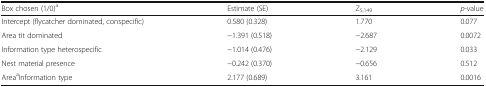
<table><thead><tr><td><b>Box chosen (1/0)<sup>a</sup></b></td><td><b>Estimate (SE)</b></td><td><b>Z<sub>5,149</sub></b></td><td><b><i>p</i>-value</b></td></tr></thead><tbody><tr><td>Intercept (flycatcher dominated, conspecific)</td><td>0.580 (0.328)</td><td>1.770</td><td>0.077</td></tr><tr><td>Area tit dominated</td><td>−1.391 (0.518)</td><td>−2.687</td><td>0.0072</td></tr><tr><td>Information type heterospecific</td><td>−1.014 (0.476)</td><td>−2.129</td><td>0.033</td></tr><tr><td>Nest material presence</td><td>−0.242 (0.370)</td><td>−0.656</td><td>0.512</td></tr><tr><td>Area<sup>a</sup>Information type</td><td>2.177 (0.689)</td><td>3.161</td><td>0.0016</td></tr></tbody></table>